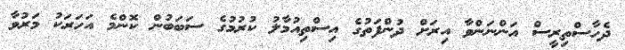
ދެހާސްތިރީސް އަންނަންވާ އިރަށް ދުންފަތުގެ އިސްތިއުމާލު ކުރުމުގެ ސަބަބުން ކޮންމެ އަހަރަކު މަރުވާ